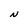
Character: N